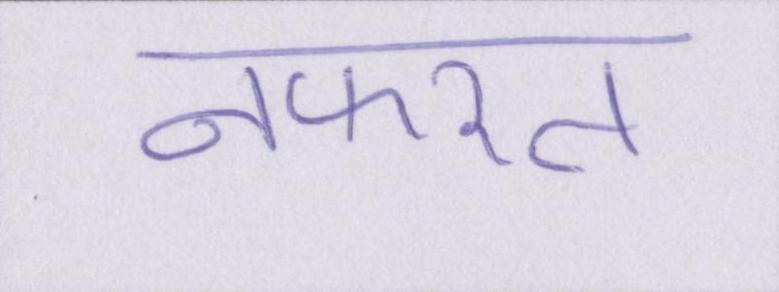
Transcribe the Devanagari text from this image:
नफरत